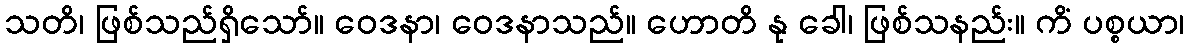
သတိ၊ ဖြစ်သည်ရှိသော်။ ဝေဒနာ၊ ဝေဒနာသည်။ ဟောတိ နု ခေါ၊ ဖြစ်သနည်း။ ကိံ ပစ္စယာ၊